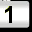
Digit: 1